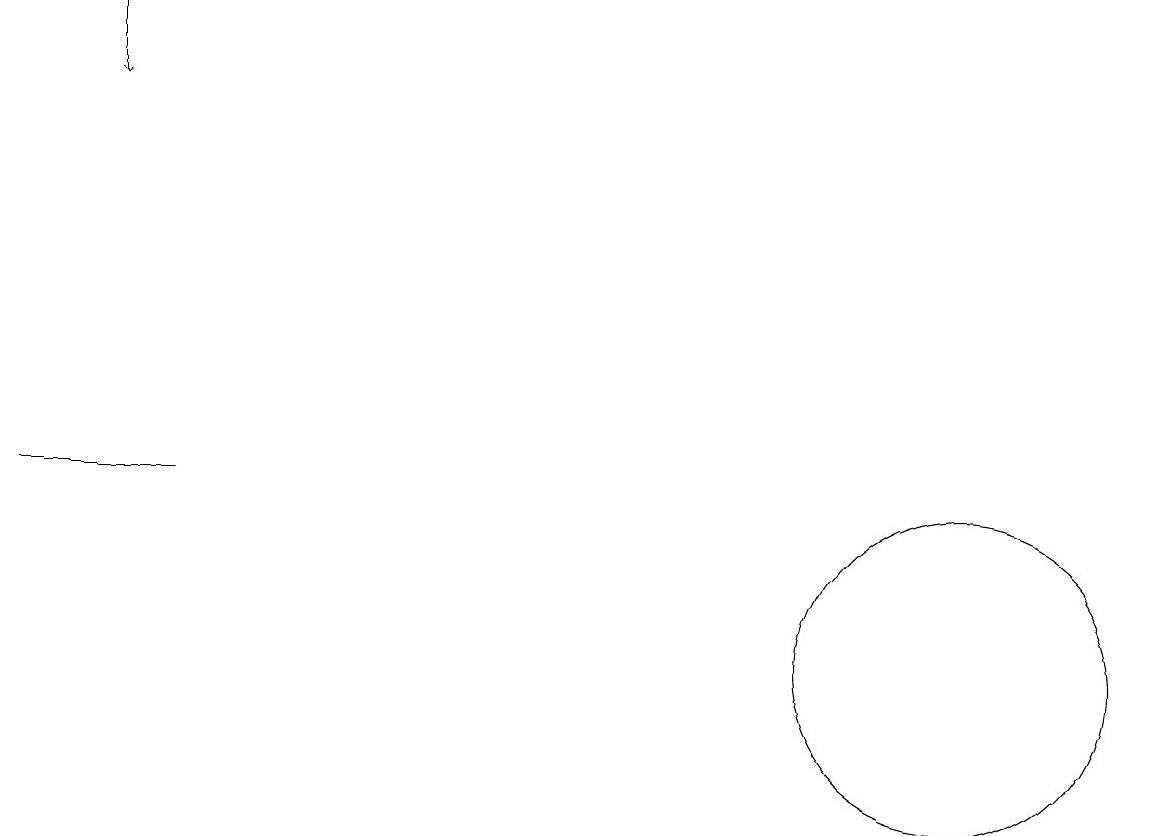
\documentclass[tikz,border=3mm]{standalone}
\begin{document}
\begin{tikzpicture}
\draw[->] (1,18) -- (1,17);
\draw (12,10) circle (2);
\draw (0,12) rectangle (2,12);
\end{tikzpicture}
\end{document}